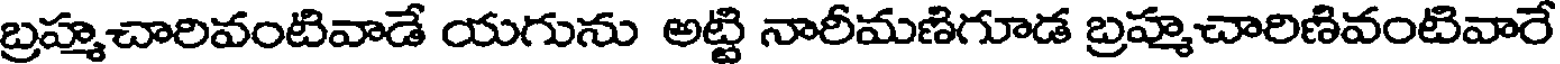
బ్రహ్మచారివంటివాడే యగును అట్టి నారీమణిగూడ బ్రహ్మచారిణివంటివారే